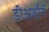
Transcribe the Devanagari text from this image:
डीअर्बॉर्न